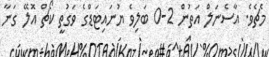
މެޗެވެ. އާސެނަލް އަތުން 2-0 ބަލިވެ ޔުނައިޓަޑްގެ ވަގުތީ ކޯޗް އޮލޭ ގަނާ